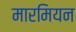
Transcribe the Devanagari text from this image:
मारमियन